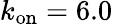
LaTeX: k_{\mathrm{on}}=6.0